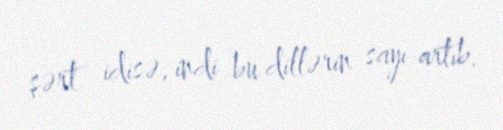
şərt idisə, indi bu dillərin sayı artıb.